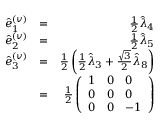
\begin{array} { r l r } { \hat { e } _ { 1 } ^ { ( v ) } } & { = } & { \frac { 1 } { 2 } \hat { \lambda } _ { 4 } } \\ { \hat { e } _ { 2 } ^ { ( v ) } } & { = } & { \frac { 1 } { 2 } \hat { \lambda } _ { 5 } } \\ { \hat { e } _ { 3 } ^ { ( v ) } } & { = } & { \frac { 1 } { 2 } \left( \frac { 1 } { 2 } \hat { \lambda } _ { 3 } + \frac { \sqrt { 3 } } { 2 } \hat { \lambda } _ { 8 } \right) } \\ & { = } & { \frac { 1 } { 2 } \left( \begin{array} { l l l } { 1 } & { 0 } & { 0 } \\ { 0 } & { 0 } & { 0 } \\ { 0 } & { 0 } & { - 1 } \end{array} \right) } \end{array}